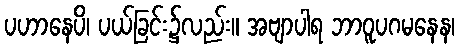
ပဟာနေပိ၊ ပယ်ခြင်း၌လည်း။ အဗျာပါရ ဘာဝူပဂမနေန၊